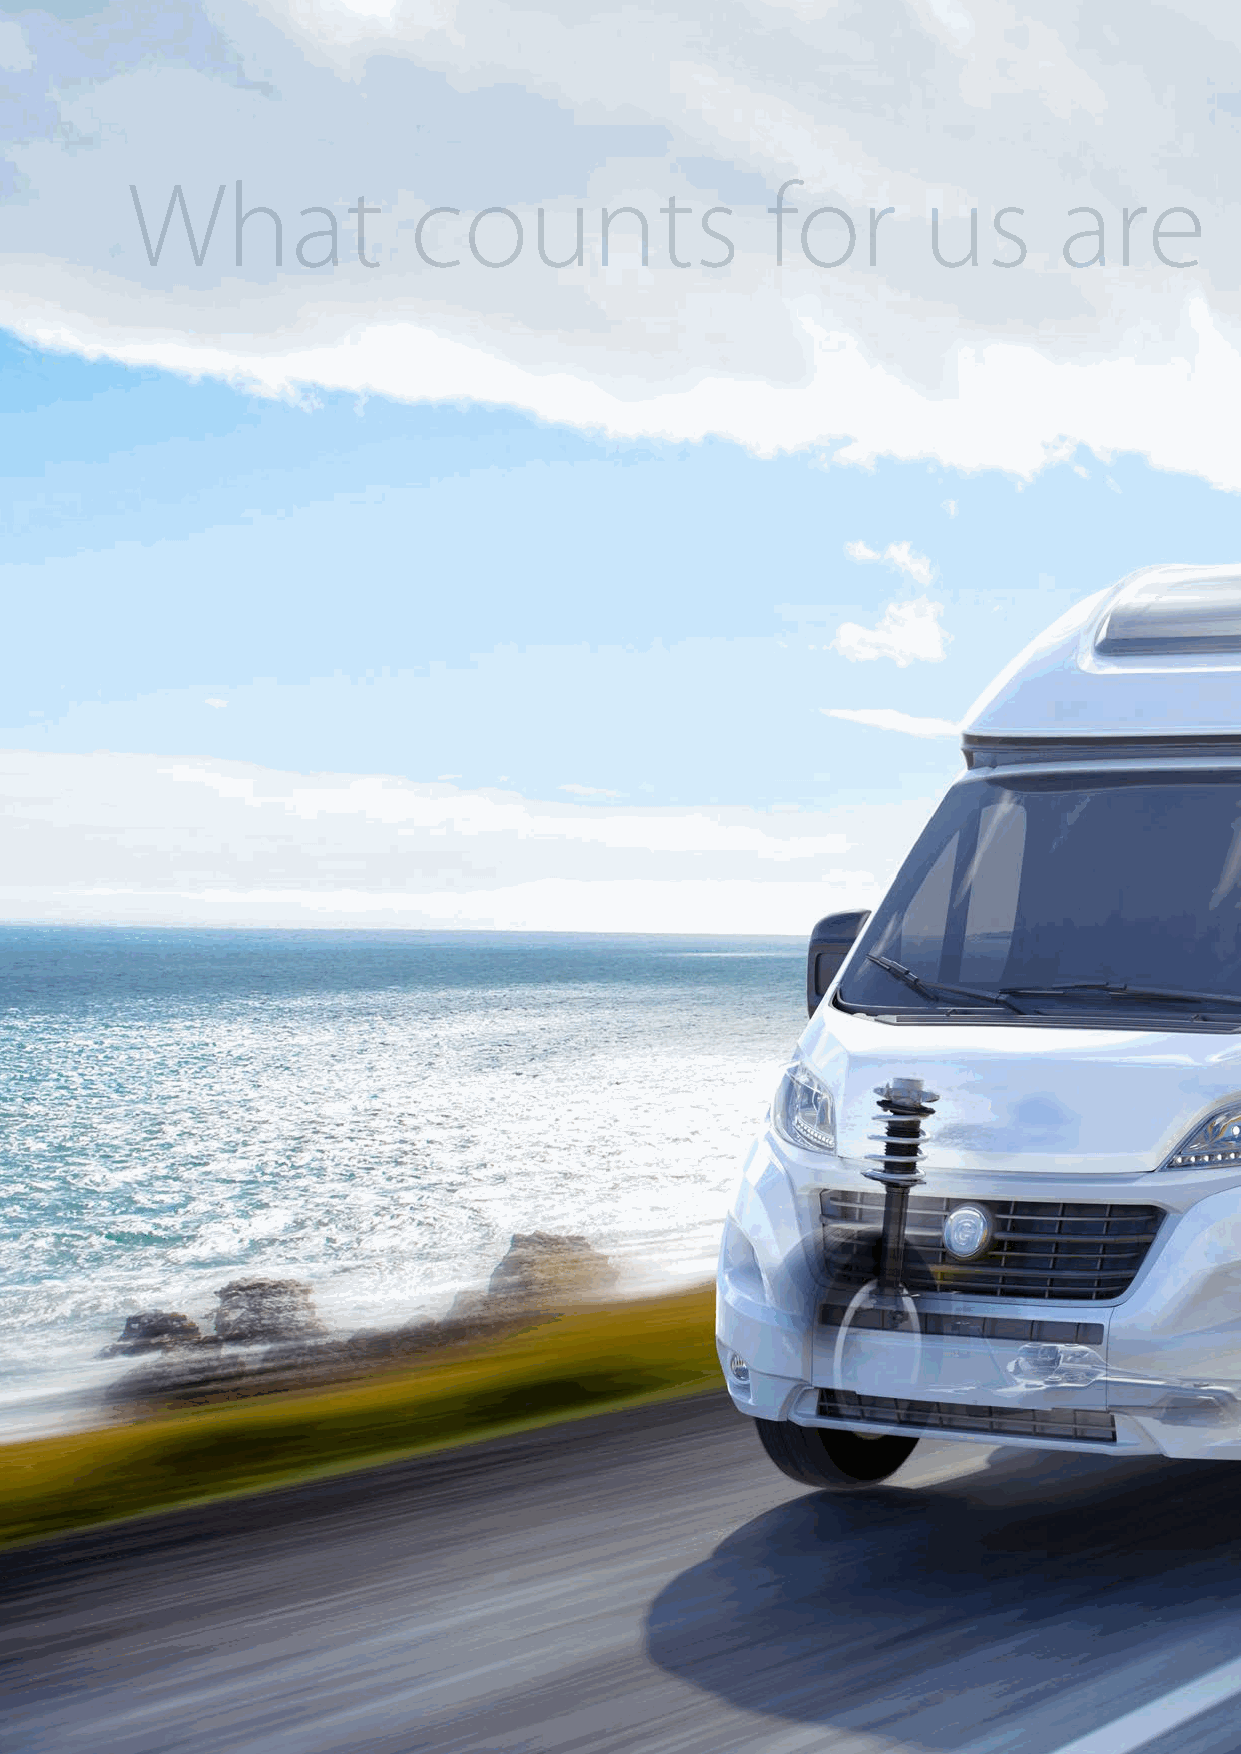
What               counts                  for       us       are